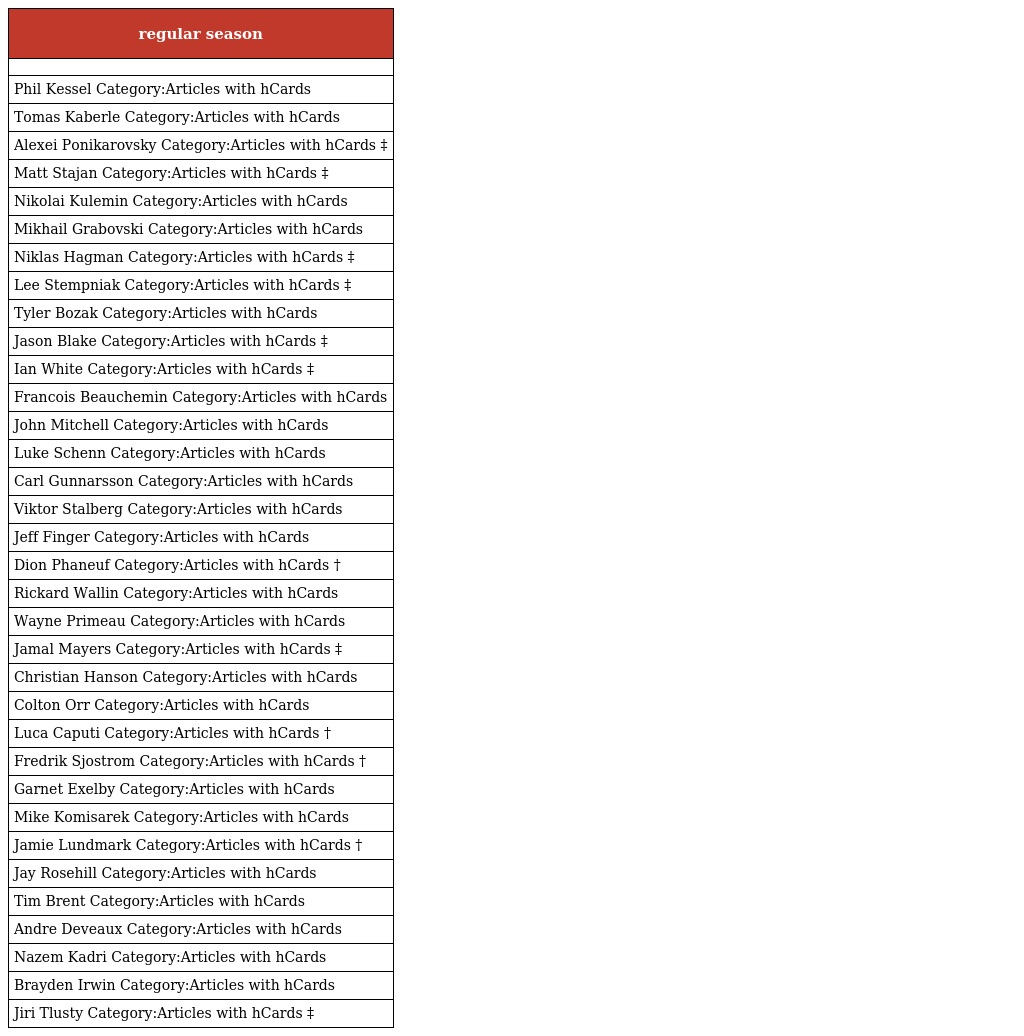
| regular season |
 | --- |
 |  |
 | Phil Kessel Category:Articles with hCards |
 | Tomas Kaberle Category:Articles with hCards |
 | Alexei Ponikarovsky Category:Articles with hCards ‡ |
 | Matt Stajan Category:Articles with hCards ‡ |
 | Nikolai Kulemin Category:Articles with hCards |
 | Mikhail Grabovski Category:Articles with hCards |
 | Niklas Hagman Category:Articles with hCards ‡ |
 | Lee Stempniak Category:Articles with hCards ‡ |
 | Tyler Bozak Category:Articles with hCards |
 | Jason Blake Category:Articles with hCards ‡ |
 | Ian White Category:Articles with hCards ‡ |
 | Francois Beauchemin Category:Articles with hCards |
 | John Mitchell Category:Articles with hCards |
 | Luke Schenn Category:Articles with hCards |
 | Carl Gunnarsson Category:Articles with hCards |
 | Viktor Stalberg Category:Articles with hCards |
 | Jeff Finger Category:Articles with hCards |
 | Dion Phaneuf Category:Articles with hCards † |
 | Rickard Wallin Category:Articles with hCards |
 | Wayne Primeau Category:Articles with hCards |
 | Jamal Mayers Category:Articles with hCards ‡ |
 | Christian Hanson Category:Articles with hCards |
 | Colton Orr Category:Articles with hCards |
 | Luca Caputi Category:Articles with hCards † |
 | Fredrik Sjostrom Category:Articles with hCards † |
 | Garnet Exelby Category:Articles with hCards |
 | Mike Komisarek Category:Articles with hCards |
 | Jamie Lundmark Category:Articles with hCards † |
 | Jay Rosehill Category:Articles with hCards |
 | Tim Brent Category:Articles with hCards |
 | Andre Deveaux Category:Articles with hCards |
 | Nazem Kadri Category:Articles with hCards |
 | Brayden Irwin Category:Articles with hCards |
 | Jiri Tlusty Category:Articles with hCards ‡ |